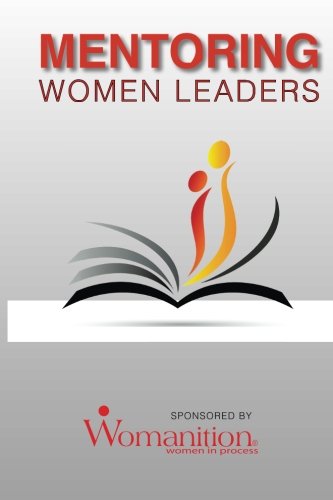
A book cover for Mentoring Women Leaders; Womanition; Business & Money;